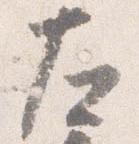
左